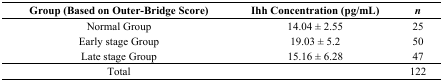
<table><thead><tr><td><b>Group (Based on Outer-Bridge Score)</b></td><td><b>Ihh Concentration (pg/mL)</b></td><td><b><i>n</i></b></td></tr></thead><tbody><tr><td>Normal Group</td><td>14.04 ± 2.55</td><td>25</td></tr><tr><td>Early stage Group</td><td>19.03 ± 5.2</td><td>50</td></tr><tr><td>Late stage Group</td><td>15.16 ± 6.28</td><td>47</td></tr><tr><td>Total</td><td></td><td>122</td></tr></tbody></table>